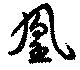
凰